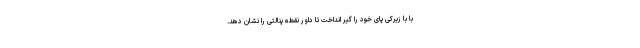
با با زیرکی پای خود را گیر انداخت تا داور نقطه پنالتی را نشان دهد.